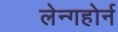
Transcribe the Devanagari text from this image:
लेन्गहोर्न